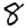
Digit: 8